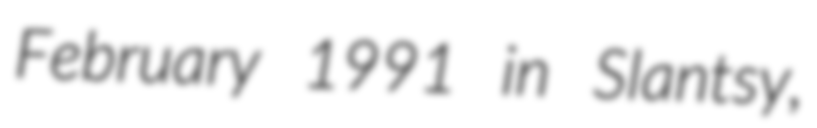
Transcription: February 1991 in Slantsy,